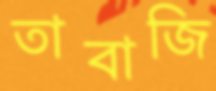
তাবাজি